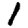
Digit: 1